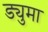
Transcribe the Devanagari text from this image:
ड्युमा